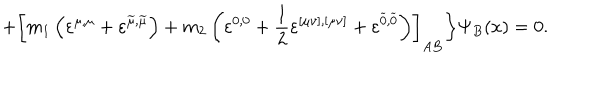
+ \left[ m _ { 1 } \left( \varepsilon ^ { \mu , \mu } + \varepsilon ^ { \widetilde { \mu } , \widetilde { \mu } } \right) + m _ { 2 } \left( \varepsilon ^ { 0 , 0 } + \frac 1 2 \varepsilon ^ { [ \mu \nu ] , [ \mu \nu ] } + \varepsilon ^ { \widetilde { 0 } , \widetilde { 0 } } \right) \right] _ { A B } \biggr \} \Psi _ { B } ( x ) = 0 .